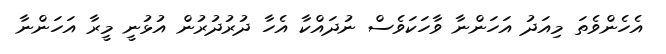
އެހެންވެތަ މިއަދު އަހަންނާ ވާހަކަވެސް ނުދައްކާ އެހާ ދުރުދުރުން އުޅުނީ މީރާ އަހަންނާ